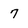
Character: 7